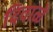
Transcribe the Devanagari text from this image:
दिवाळें